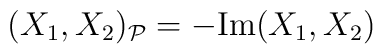
(X_1,X_2)_{\mathcal{P}}=-\hbox{Im}(X_1,X_2)